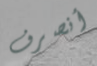
أنصرف